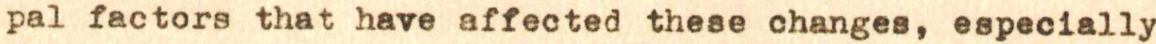
pal factors that have affected these changes, especially